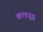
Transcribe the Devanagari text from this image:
खण्डयुद्ध